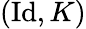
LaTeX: (\operatorname{I\mathrm{d}},K)